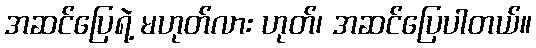
အဆင်ပြေရဲ့ မဟုတ်လား ဟုတ်၊ အဆင်ပြေပါတယ်။